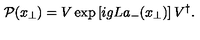
{ \cal P } ( { x } _ { \bot } ) = V \exp \left[ i g L a _ { - } ( x _ { \bot } ) \right] V ^ { \dagger } .